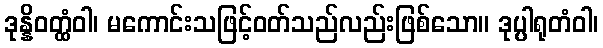
ဒုန္နိဝတ္ထံဝါ၊ မကောင်းသဖြင့်ဝတ်သည်လည်းဖြစ်သော။ ဒုပ္ပါရုတံဝါ၊